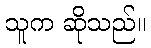
သူက ဆိုသည်။